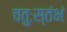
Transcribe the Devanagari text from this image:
चतुःस्तंभं